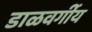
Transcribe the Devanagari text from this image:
डाळवर्गीय